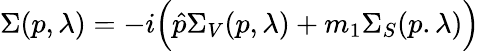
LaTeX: \Sigma(p,\lambda)=-i\Big(\hat{p}\Sigma_{V}(p,\lambda)+m_{1}\Sigma_{S}(p.\lambda)\Big)